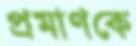
প্রমাণকে